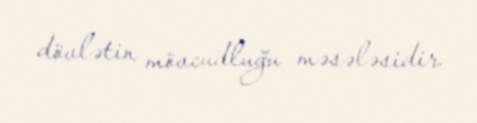
dövlətin mövcudluğu məsələsidir.